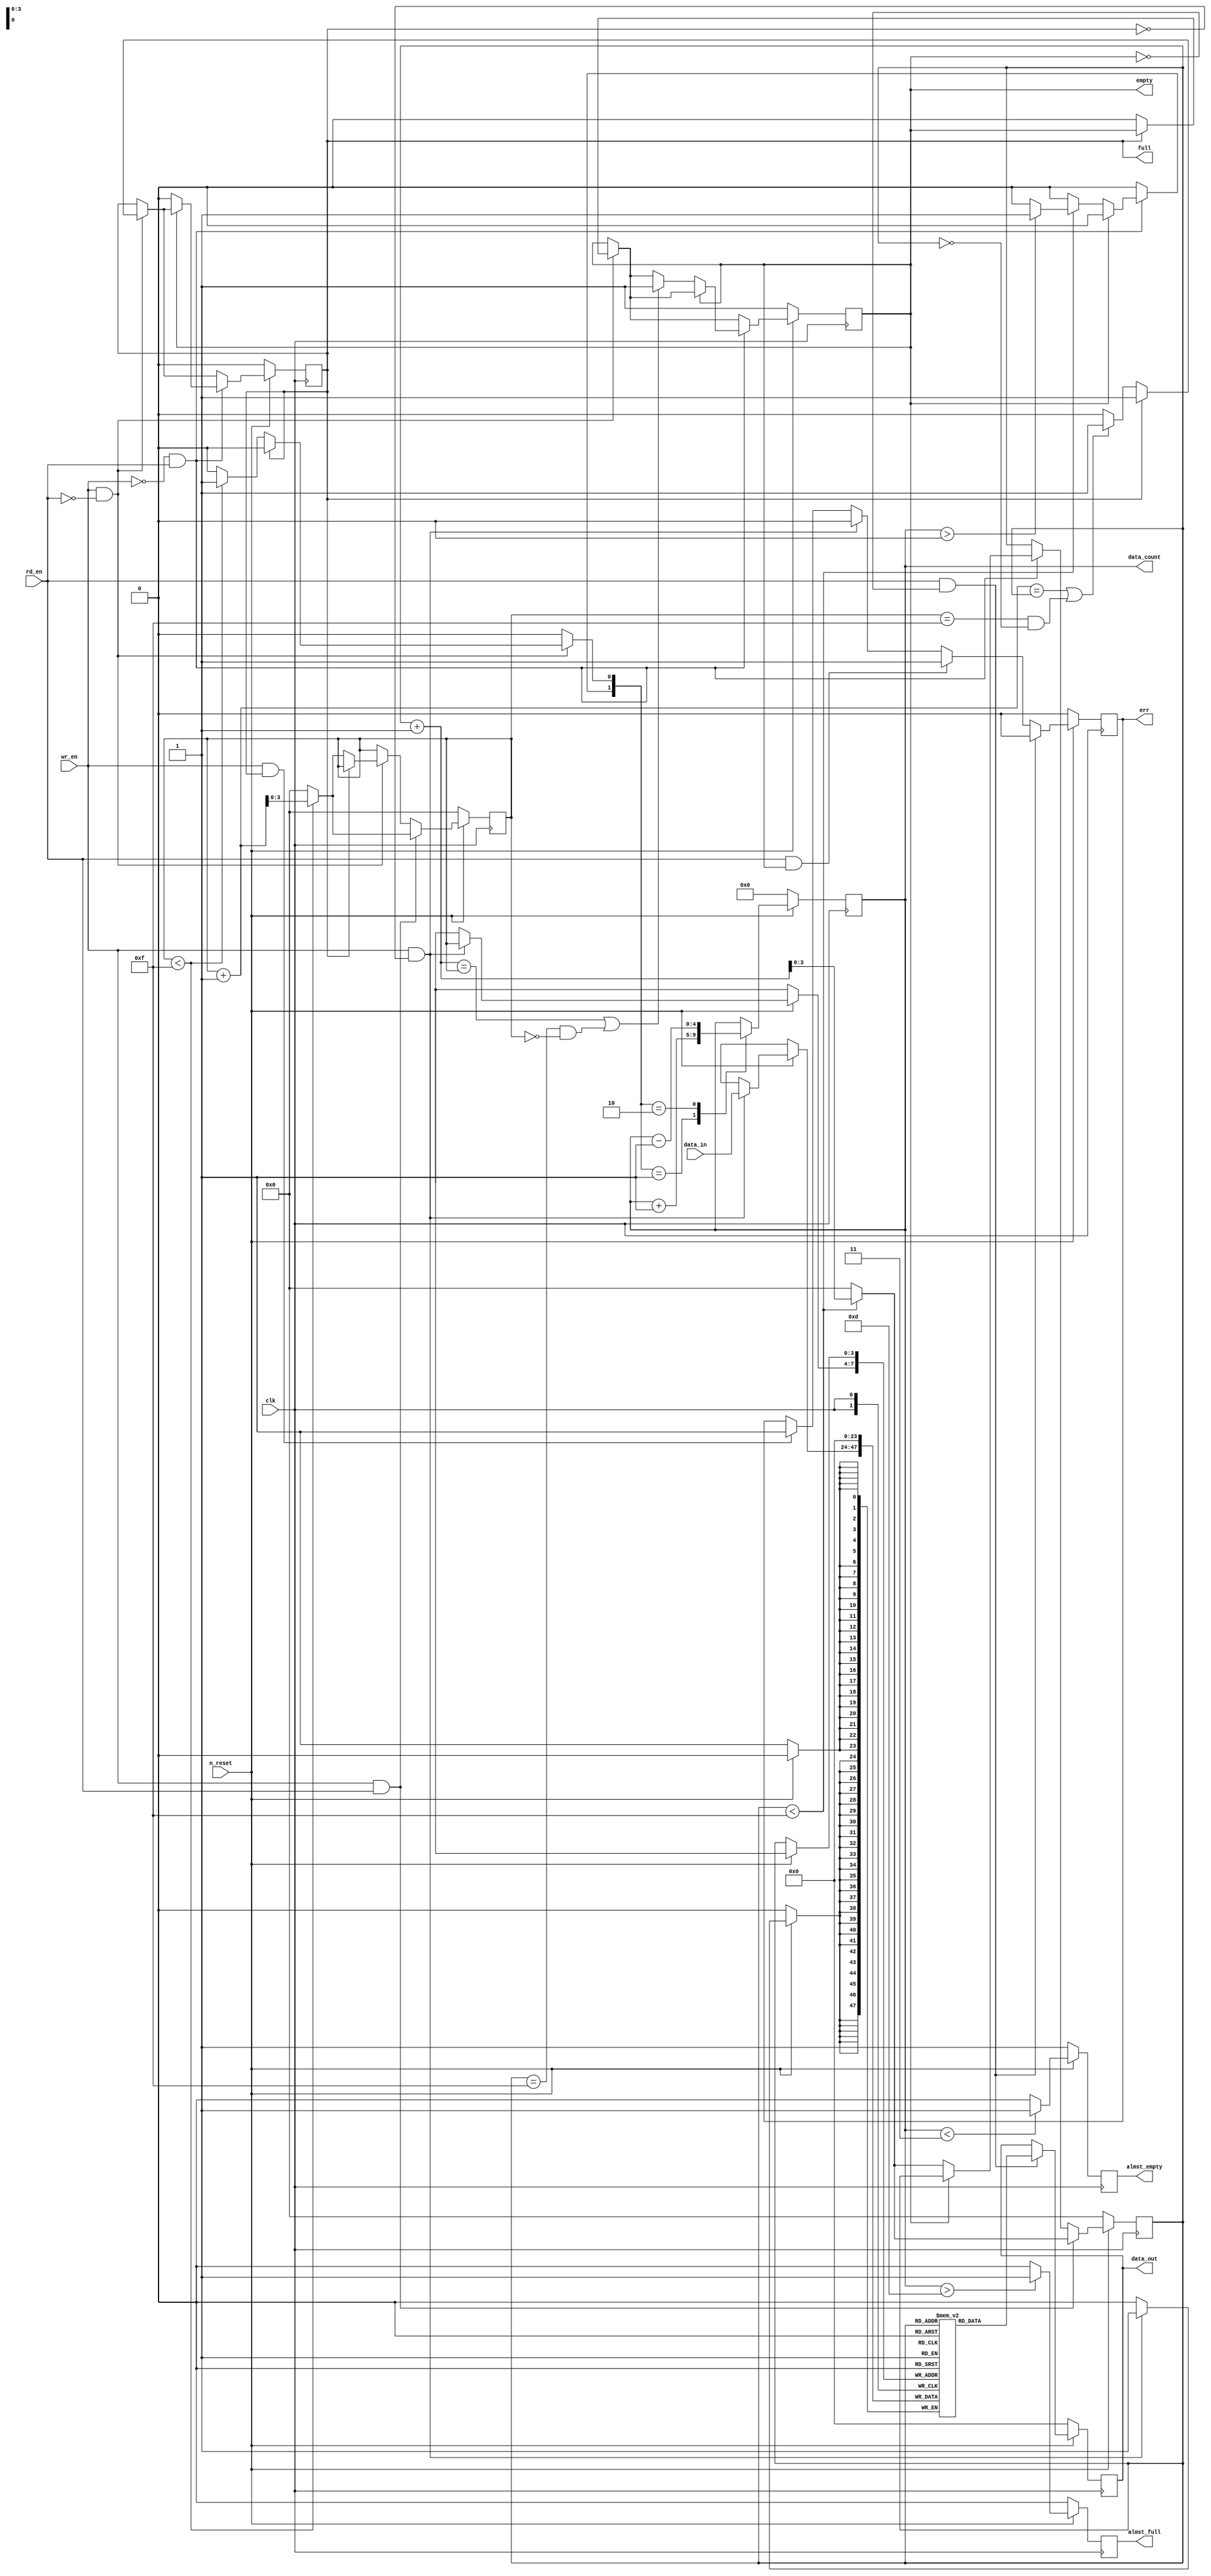
//////////////////////////// FIFO RAM MEMORY ///////////////////////////////////--
// ***********************************************************************
// FPGA: Lattice ECP2-70E
// IDE: Lattice Diamond ver 2.0.1
//
// HDL IS PROVIDED "AS IS." DIGI-KEY EXPRESSLY DISCLAIMS ANY
// WARRANTY OF ANY KIND, WHETHER EXPRESS OR IMPLIED, INCLUDING BUT NOT
// LIMITED TO, THE IMPLIED WARRANTIES OF MERCHANTABILITY, FITNESS FOR A
// PARTICULAR PURPOSE, OR NON-INFRINGEMENT. IN NO EVENT SHALL DIGI-KEY
// BE LIABLE FOR ANY INCIDENTAL, SPECIAL, INDIRECT OR CONSEQUENTIAL
// DAMAGES, LOST PROFITS OR LOST DATA, HARM TO YOUR EQUIPMENT, COST OF
// PROCUREMENT OF SUBSTITUTE GOODS, TECHNOLOGY OR SERVICES, ANY CLAIMS
// BY THIRD PARTIES (INCLUDING BUT NOT LIMITED TO ANY DEFENSE THEREOF),
// ANY CLAIMS FOR INDEMNITY OR CONTRIBUTION, OR OTHER SIMILAR COSTS.
// DIGI-KEY ALSO DISCLAIMS ANY LIABILITY FOR PATENT OR COPYRIGHT
// INFRINGEMENT.
//
// Version History
// Version 1.0 28/7/2013 Tony Storey
// Initial Public Release

`timescale 1ns/ 100 ps

module FIFO_v #(parameter ADDR_W = 4, DATA_W = 24, BUFF_L = 16, ALMST_F = 3, ALMST_E = 3) 	// buffer length must be less than or equal to address space as in  BUFF_L <or= 2^(ADDR_W)-1
			(
			output reg 		[DATA_W- 1	:	0]				data_out,
			output reg 		[ADDR_W		:	0]				data_count,
			output	reg															empty,
			output	reg															full,
			output	reg															almst_empty,
			output	reg															almst_full,
			output	reg															err,
			input		wire	[DATA_W -1	:	0]				data_in,
			input		wire														wr_en,
			input		wire														rd_en,
			input		wire 														n_reset,
			input		wire														clk
			);
			
			
////--------------- internal variables ---------------------------------------------------------			
			
			reg 				[DATA_W-1 : 0] 	mem_array [0 : (2**ADDR_W)-1];
			reg					[ADDR_W-1 : 0]	rd_ptr, wr_ptr;
			reg					[ADDR_W-1 : 0]	rd_ptr_nxt, wr_ptr_nxt;
			reg														full_ff, empty_ff;
			reg														full_ff_nxt, empty_ff_nxt;
			reg														almst_f_ff, almst_e_ff;
			reg														almst_f_ff_nxt, almst_e_ff_nxt;
			reg					[ADDR_W : 0]		q_reg, q_nxt;
			reg														q_add, q_sub;
//// ------------------------------------------------------------------------------------------------


//// Always block to update the states
//// ------------------------------------------------------------------------------------------------
	always @ (posedge clk)
		begin	:	reg_update
			if(n_reset == 1'b 0)
				begin
					rd_ptr <= {(ADDR_W-1){1'b 0}};
					wr_ptr <= {(ADDR_W-1){1'b 0}};
					full_ff <= 1'b 0;
					empty_ff <= 1'b 1;
					almst_f_ff <= 1'b 0;
					almst_e_ff <= 1'b 1;
					q_reg <= {(ADDR_W){1'b 0}};
				end
			else
				begin
					rd_ptr <= rd_ptr_nxt;
					wr_ptr <= wr_ptr_nxt;
					full_ff <= full_ff_nxt;
					empty_ff <= empty_ff_nxt;
					almst_f_ff <= almst_f_ff_nxt;
					almst_e_ff <= almst_e_ff_nxt;
					q_reg <= q_nxt;
				 end
		end	// end of always


//// Control for almost full and almost emptly flags
//// ------------------------------------------------------------------------------------------------
	always @ ( almst_e_ff, almst_f_ff, q_reg)
		begin	:	Wtr_Mrk_Cont
			almst_e_ff_nxt = almst_e_ff;
			almst_f_ff_nxt = almst_f_ff;				
		   //// check to see if wr_ptr is ALMST_E away from rd_ptr (aka almost empty)			
			if(q_reg < ALMST_E)
				almst_e_ff_nxt = 1'b 1;
			else
				almst_e_ff_nxt = 1'b 0;

			if(q_reg > BUFF_L-ALMST_F)
				almst_f_ff_nxt = 1'b 1;
			else
				almst_f_ff_nxt = 1'b 0;
				
		end	// end of always
			
//// Control for read and write pointers and empty/full flip flops			
	always @ (wr_en, rd_en, wr_ptr, rd_ptr, empty_ff, full_ff, q_reg)
		begin
			
			wr_ptr_nxt = wr_ptr ;											//// no change to pointers
			rd_ptr_nxt = rd_ptr;
			full_ff_nxt = full_ff;
			empty_ff_nxt = empty_ff;
			q_add = 1'b 0;
			q_sub = 1'b 0;
		////---------- check if fifo is full during a write attempt, after a write increment counter
		////----------------------------------------------------			
			if(wr_en == 1'b 1 & rd_en == 1'b 0)
				begin
					if(full_ff == 1'b 0)
						begin
							if(wr_ptr < BUFF_L-1)									
								begin
									q_add = 1'b 1;
									wr_ptr_nxt = wr_ptr + 1;
									empty_ff_nxt = 1'b 0;
								end
							else
								begin
									wr_ptr_nxt = {(ADDR_W-1){1'b 0}};
									empty_ff_nxt = 1'b 0;
								end
							//// check if fifo is full
							if( (wr_ptr+1 == rd_ptr) || ((wr_ptr == BUFF_L-1) && (rd_ptr == 1'b 0)))   
								full_ff_nxt = 1'b 1;
						end
				end
					
		////---------- check to see if fifo is empty during a read attempt, after a read decrement counter
		////---------------------------------------------------------------
			if( (wr_en == 1'b 0) && (rd_en == 1'b 1))
				begin					
					if(empty_ff == 1'b 0) 
						begin
							if(rd_ptr < BUFF_L-1 )													
								begin
									if(q_reg > 0)
										q_sub = 1'b 1;
									else
										q_sub = 1'b 0;
									rd_ptr_nxt = rd_ptr + 1;
									full_ff_nxt = 1'b 0;
								end
							else	
								begin
									rd_ptr_nxt = {(ADDR_W-1){1'b 0}}; 
									full_ff_nxt = 1'b 0;		
								end
			
							//// check if fifo is empty
							if( (rd_ptr  + 1 == wr_ptr) || ((rd_ptr == BUFF_L -1) && (wr_ptr == 1'b 0 )))  
								empty_ff_nxt = 1'b 1;
						end
				end
			
		//// -----------------------------------------------------------------
			if( (wr_en == 1'b 1) && (rd_en == 1'b 1)) 
				begin
					if(wr_ptr < BUFF_L -1) 
						wr_ptr_nxt = wr_ptr  + 1;	
					else											
						wr_ptr_nxt =  {(ADDR_W-1){1'b 0}}; 
					
					if(rd_ptr < BUFF_L -1) 
						rd_ptr_nxt = rd_ptr + 1;		
					else
						rd_ptr_nxt = {(ADDR_W-1){1'b 0}}; 
				end
			
		end  // end of always


//// Control for memory array writing and reading
//// ----------------------------------------------------------------------
	always @ (posedge clk)
		begin		:		mem_cont
			if( n_reset == 1'b 0)
				begin
					mem_array[rd_ptr] <=  {(DATA_W-1){1'b 0}}; 
					data_out <= {(DATA_W-1){1'b 0}}; 
					err <= 1'b 0;
				end
			else
				begin
					////  if write enable and not full then latch in data and increment wright pointer	
					if( (wr_en == 1'b 1) && (full_ff == 1'b 0) )
						begin
							mem_array[wr_ptr] <=  data_in;
							err <= 1'b 0;						
						end
					else if( (wr_en == 1'b 1) && (full_ff == 1'b 1))      ////  check if full and trying to write
						err <= 1'b 1;
						
					//// if read enable and fifo not empty then latch data out and increment read pointer
					if( (rd_en == 1'b 1) && (empty_ff == 1'b 0))
						begin
							data_out <= mem_array[rd_ptr];
							err <= 1'b 0;
						end
					else if( (rd_en == 1'b 1) && (empty_ff == 1'b 1))
						err <= 1'b 1;
						
				end	// end else
		end	// end always
						
			
//// Combo Counter with Control Flags
//// ------------------------------------------------------------------------------------------------
	always @ ( q_sub, q_add, q_reg)
		begin	:	Counter
			case( {q_sub , q_add} )
				2'b 01 :
						q_nxt = q_reg + 1;
				2'b 10 :
						q_nxt = q_reg - 1;
				default :
						q_nxt = q_reg;
			endcase 	
		end	// end of always		
			
//// Connect internal regs to ouput ports
//// ------------------------------------------------------------------------------------------------
	always @ (full_ff, empty_ff, almst_e_ff, almst_f_ff, q_reg)
		begin
			full = full_ff;
			empty = empty_ff;
			almst_empty = almst_e_ff; 
			almst_full = almst_f_ff;
			data_count = q_reg;
		end
			
endmodule